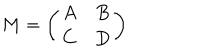
LaTeX: M = \left( \begin{array} { c c } { { A } } & { { B } } \\ { { C } } & { { D } } \\ \end{array} \right)